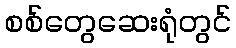
စစ်တွေဆေးရုံတွင်